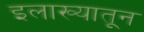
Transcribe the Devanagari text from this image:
इलाख्यातून